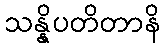
သန္နိပတိတာနိ